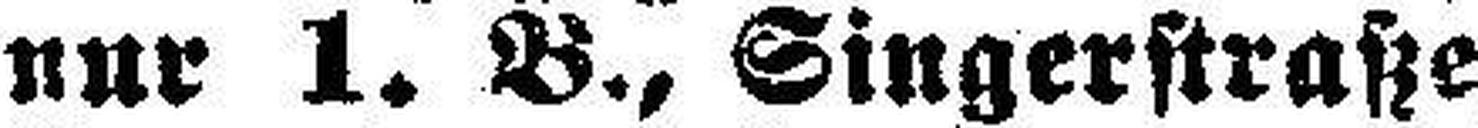
nur 1. B., Singerstraße